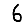
Digit: 6